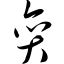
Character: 弈